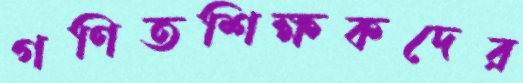
গণিতশিক্ষকদের